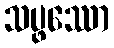
သပ္ဖဿော